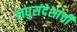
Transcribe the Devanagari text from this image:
लघुसंदेशांची